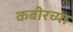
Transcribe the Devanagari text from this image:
कबीरच्या